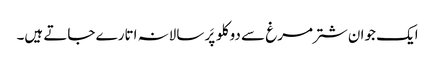
ایک جوان شتر مرغ سے دو کلو پَر سالانہ اتارے جاتے ہیں۔